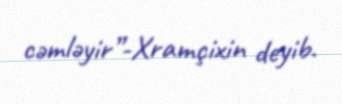
cəmləyir”-Xramçixin deyib.